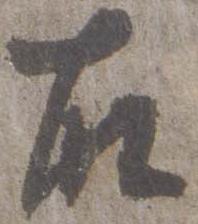
右